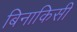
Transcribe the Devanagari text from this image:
बिनाकिसी